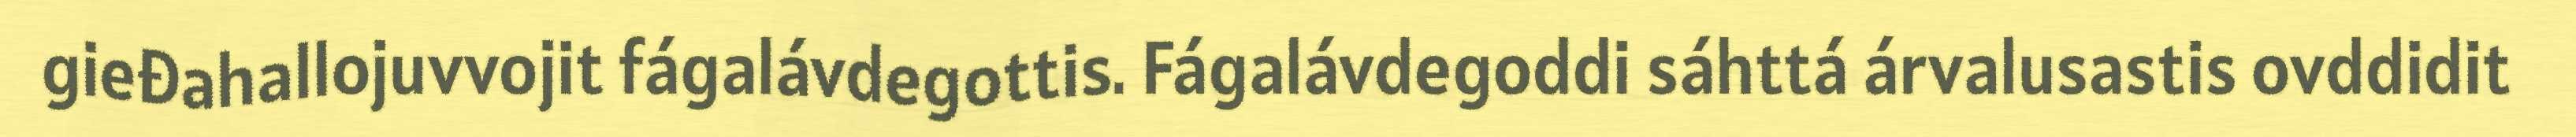
gieđahallojuvvojit fágalávdegottis. Fágalávdegoddi sáhttá árvalusastis ovddidit